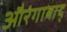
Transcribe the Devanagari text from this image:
औरंगाबाद्